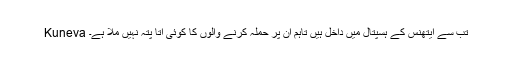
Kuneva تب سے ایتھنس کے ہسپتال میں داخل ہیں تاہم ان پر حملہ کرنے والوں کا کوئی اتا پتہ نہیں ملا ہے۔